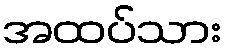
အထပ်သား